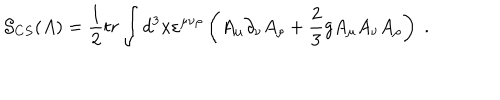
LaTeX: \mathcal { S } _ { C S } ( A ) = \frac 1 2 t r \int d ^ { 3 } x \varepsilon ^ { \mu \nu \rho } \left( A _ { \mu } \partial _ { \nu } A _ { \rho } + \frac 2 3 g A _ { \mu } A _ { \nu } A _ { \rho } \right) \; .